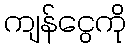
ကျန်ငွေကို